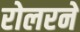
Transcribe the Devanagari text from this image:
रोलरने